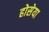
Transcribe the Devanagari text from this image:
होसेया